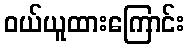
ဝယ်ယူထားကြောင်း